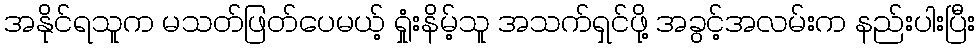
အနိုင်ရသူက မသတ်ဖြတ်ပေမယ့် ရှုံးနိမ့်သူ အသက်ရှင်ဖို့ အခွင့်အလမ်းက နည်းပါးပြီး